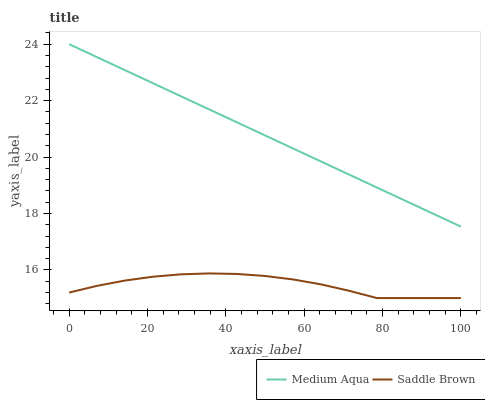
| xaxis_label | Medium Aqua | Saddle Brown |
 | --- | --- | --- |
 | 0 | 24 | 15.2 |
 | 7.14 | 23.5 | 15.4 |
 | 14.3 | 23.1 | 15.6 |
 | 21.4 | 22.6 | 15.8 |
 | 28.6 | 22.2 | 15.8 |
 | 35.7 | 21.7 | 15.9 |
 | 42.9 | 21.2 | 15.9 |
 | 50 | 20.8 | 15.8 |
 | 57.1 | 20.3 | 15.7 |
 | 64.3 | 19.8 | 15.5 |
 | 71.4 | 19.4 | 15.3 |
 | 78.6 | 18.9 | 15 |
 | 85.7 | 18.5 | 15 |
 | 92.9 | 18 | 15 |
 | 100 | 17.5 | 15 |